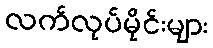
လက်လုပ်မိုင်းများ